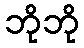
ဘိုဘို